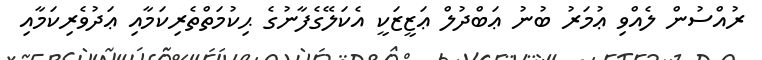
ރުއްސުން ލެއްވި ޢުމަރު ބުނު ޢަބްދުލް ޢަޒީޒަކީ އެކަލޭގެފާނުގެ ޙިކުމަތްތެރިކަމާއި ޢަދުވެރިކަމާއި